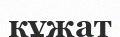
кұжат